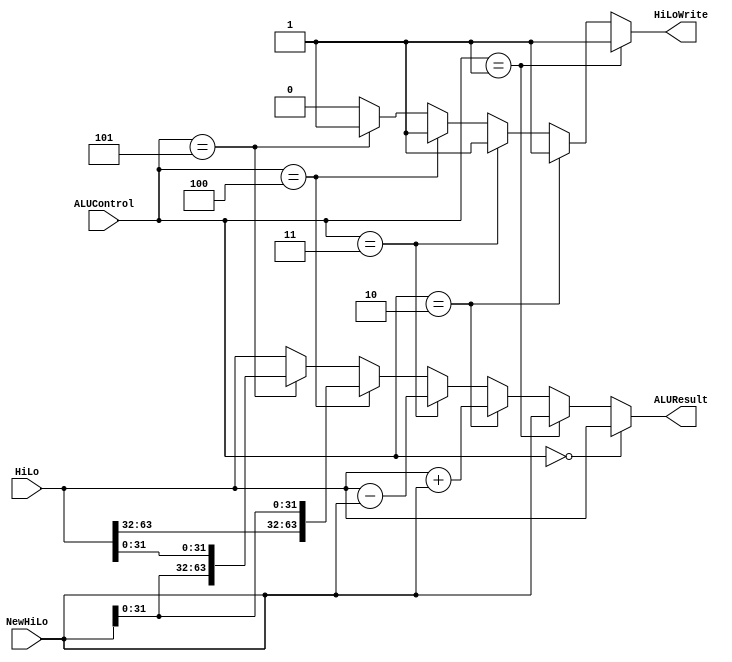
`timescale 1ns / 1ps
//////////////////////////////////////////////////////////////////////////////////
// Company: 
// Engineer: 
// 
// Design Name: 
// Module Name: HiLoALU
// Project Name: 
// Target Devices: 
// Tool Versions: 
// Description: 
// 
// Dependencies: 
// 
// Revision:
// Revision 0.01 - File Created
// Additional Comments:
// 
//////////////////////////////////////////////////////////////////////////////////


module HiLoALU(ALUControl, NewHiLo, HiLo, ALUResult, HiLoWrite);
    input [63:0] NewHiLo;
    input [63:0] HiLo;
    input [2:0] ALUControl;
    
    output [63:0] ALUResult;
    output HiLoWrite;
    
    
    // Maintain old values
    assign ALUResult = (ALUControl == 3'd0) ? HiLo :
    // Insert new values
                       (ALUControl == 3'd1) ? NewHiLo :
    // Add new and old
                       (ALUControl == 3'd2) ? HiLo + NewHiLo :
    // Subtract old by new
                       (ALUControl == 3'd3) ? HiLo - NewHiLo :
    // Old Hi, new Lo
                       (ALUControl == 3'd4) ? {HiLo[63:32], NewHiLo[31:0]} :
    // New Hi, old lo
                       (ALUControl == 3'd5) ? {NewHiLo[31:0], HiLo[31:0]} :
    // Else
                       HiLo;
                       
    assign HiLoWrite = (ALUControl == 3'd1) ? 1 :
                       (ALUControl == 3'd2) ? 1 :
                       (ALUControl == 3'd3) ? 1 :
                       (ALUControl == 3'd4) ? 1 :
                       (ALUControl == 3'd5) ? 1 :
                       0;

endmodule